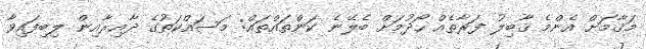
މަޤާމަށް އެންމެ ޤާބިލު ފަރާތެއް ހޯދުމަށް ބެލޭނެ ކަންތައްތައް: މަސައްކަތުގެ ދާއިރާއިން ލިބިފައިވާ